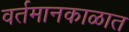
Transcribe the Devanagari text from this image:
वर्तमानकाळात